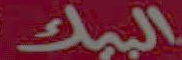
البيك